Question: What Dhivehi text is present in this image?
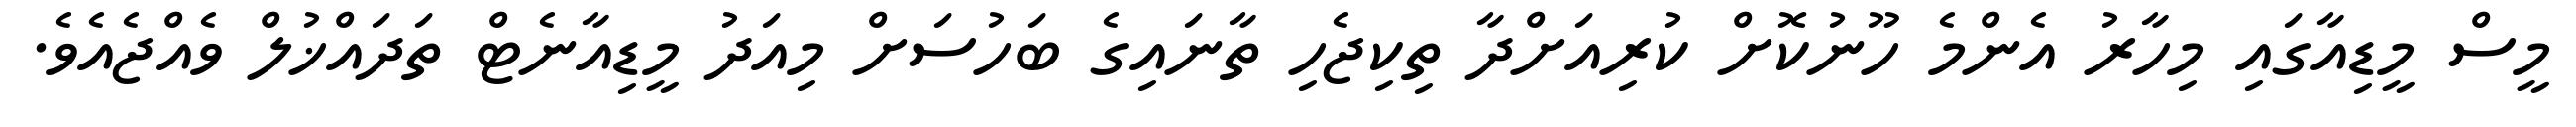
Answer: މީސް މީޑިއާގައި މިހާރު އެންމެ ހޫނުކޮށް ކުރިއަށްދާ ތިކިޖެހި ތާނައިގެ ބަހުސަށް މިއަދު މީޑިއާނެޓް ތަދައްޚުލް ވެއްޖެއެވެ.